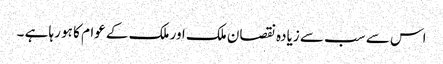
اس سے سب سے زیادہ نقصان ملک اور ملک کے عوام کا ہو رہا ہے ۔